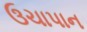
ઉચાપાન